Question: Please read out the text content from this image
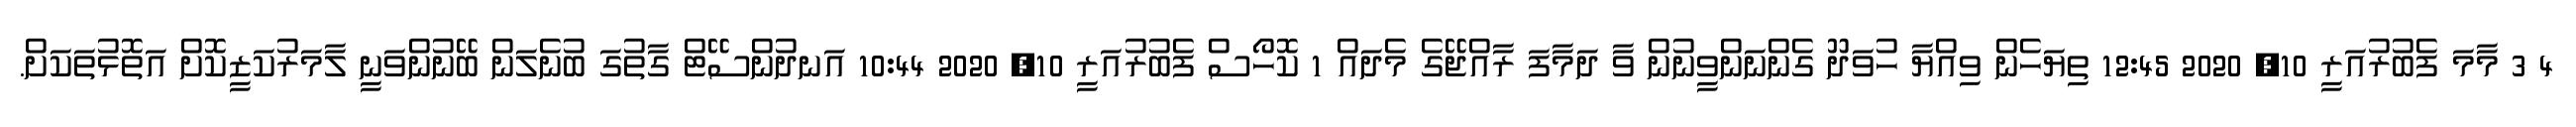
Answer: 4 3 މާމަ ފެބުރުއަރީ 10, 2020 12:45 ތިޔަހެން ވިއްޔާ ހުވަދޫ ގެންނަންވީނުން ވާ ދަމާފަ ރާއްޖޭގެ މެދައް 1 ކޮހޯސް ފެބުރުއަރީ 10, 2020 10:44 އަނދުންސޭޓް ގާތުގަ ބުނެލަން ބޭނުންވަނީ ލާމަރުކަޒީކޮށް އަތޮޅުތަކަށް.